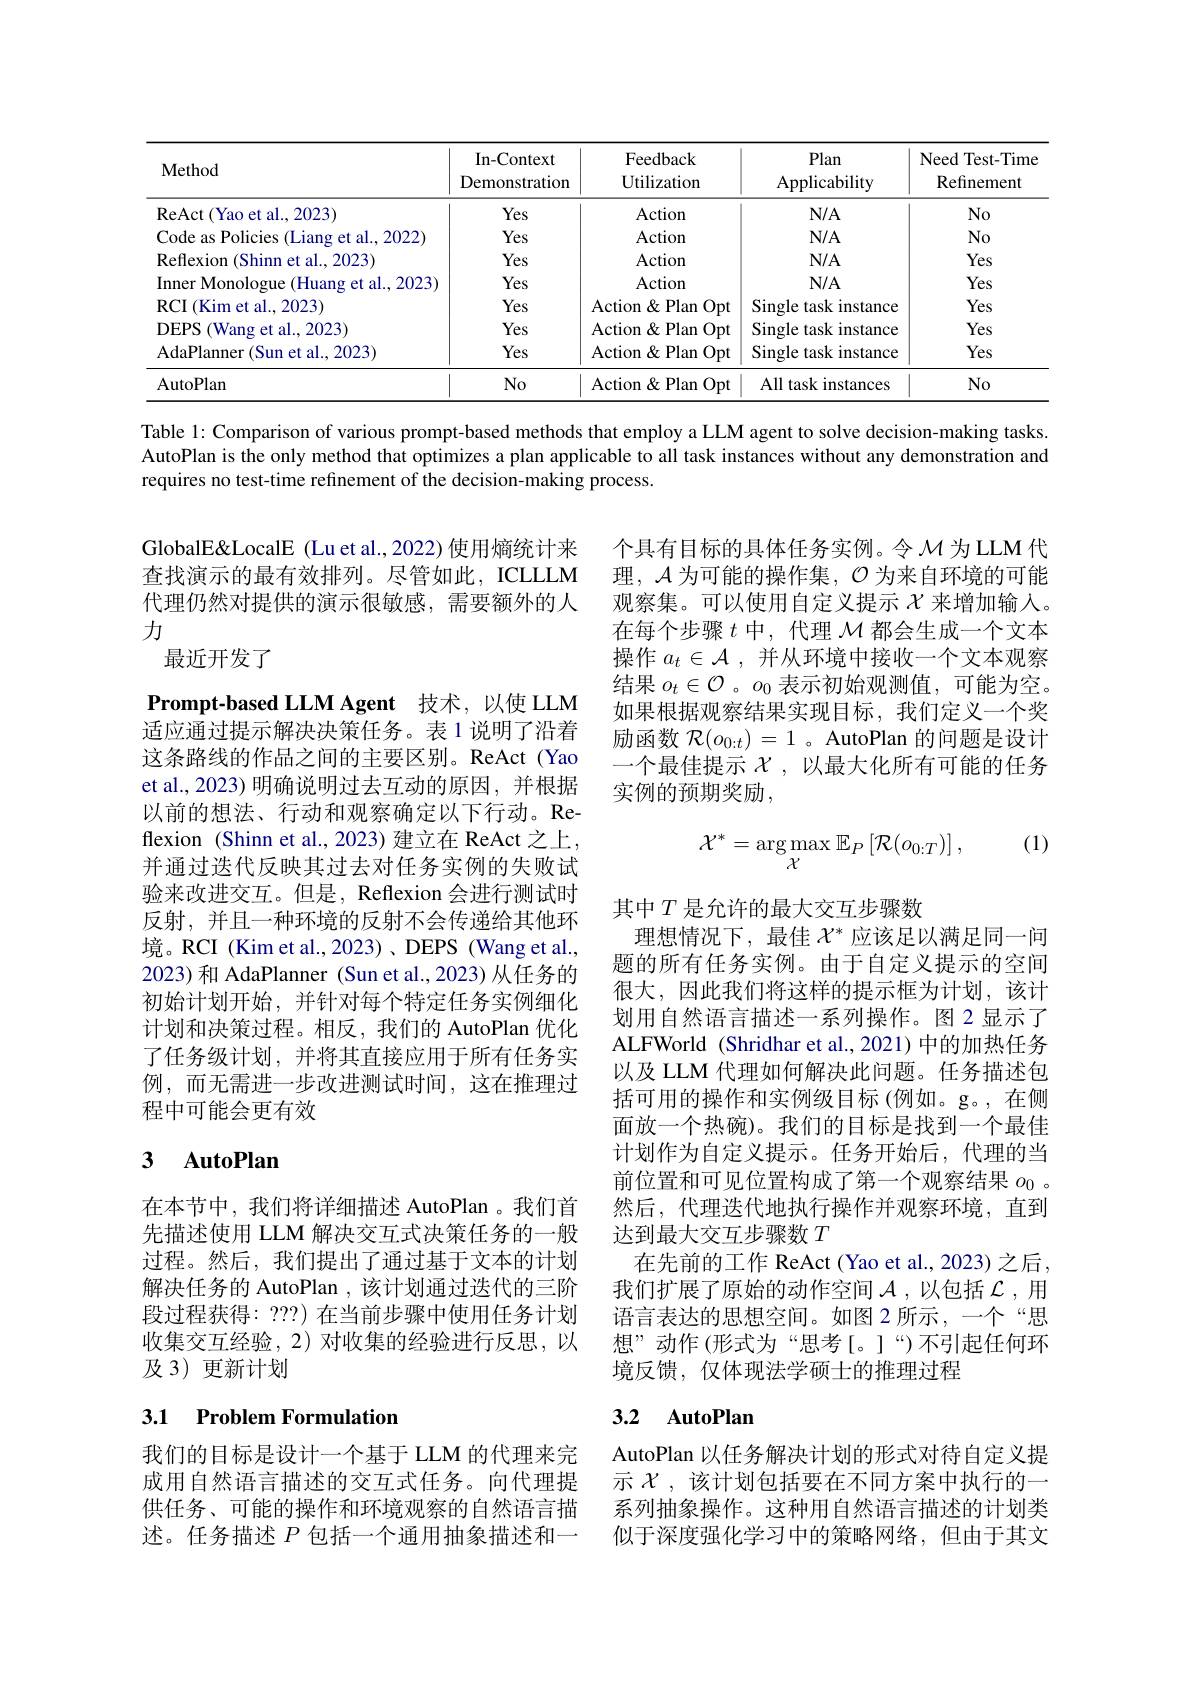
<table>
	<tbody>
		<tr>
			<th>Method</th>
			<th>In-Context Demonstration</th>
			<th>Feedback ${\mathrm{Utilization}}$</th>
			<th>Plan Applicability</th>
			<th>Need Test-Time Refinement</th>
		</tr>
		<tr>
			<td>ReAct(Yao et al.,2023)</td>
			<td>Yes</td>
			<td>Action</td>
			<td>$N/A$</td>
			<td>No</td>
		</tr>
		<tr>
			<td>Code as Policies (Liang et al., 2022</td>
			<td>Yes</td>
			<td>Action</td>
			<td>$N/A$</td>
			<td>No</td>
		</tr>
		<tr>
			<td>Reflexion ( Shinn et al. , 2023) </td>
			<td>Yes</td>
			<td>Action</td>
			<td>$N/A$</td>
			<td>Yes</td>
		</tr>
		<tr>
			<td>Inner Monologue (Huang et al., 2023</td>
			<td>Yes</td>
			<td>Action</td>
			<td>$N/A$</td>
			<td>Yes</td>
		</tr>
		<tr>
			<td>$\operatorname{RCI}\left(\mathrm{Kim~et~al.,2023}\right)$</td>
			<td>Yes</td>
			<td>${\mathrm{Action}}\&{\mathrm{Plan}}$ $\underline{Opt}$</td>
			<td>Single task instance</td>
			<td>Yes</td>
		</tr>
		<tr>
			<td>DEPS 1 (Wang et al..2023)</td>
			<td>Yes</td>
			<td>${\mathrm{Action}}\&{\mathrm{Plan}}$ $\underline{Opt}$</td>
			<td>Single task instance</td>
			<td>Yes</td>
		</tr>
		<tr>
			<td>${\mathrm{AdaPlanner~(Sun~et~al.,~2023)}}$</td>
			<td>Yes</td>
			<td>Action&Plan Opt</td>
			<td>Single task instance</td>
			<td>Yes</td>
		</tr>
		<tr>
			<td>AutoPlan</td>
			<td>$No$</td>
			<td>${\mathrm{Action~\&~Plan~Opt}}$</td>
			<td>All task instances</td>
			<td>$No$</td>
		</tr>
	</tbody>
</table>

Table 1: Comparison of various prompt-based methods that employ a LLM agent to solve decision-making tasks AutoPlan is the only method that optimizes a plan applicable to all task instances without any demonstration and requires no test-time refinement of the decision-making process.

GlobalE&LocalE (Lu et al.,2022) 使用熵统计来查找演示的最有效排列。尽管如此，ICLLLM 代理仍然对提供的演示很敏感，需要额外的人力
最近开发了

个具有目标的具体任务实例。令$\mathcal{M}$为LLM 代理，$\mathcal{A}$为可能的操作集，$\mathcal{O}$为来自环境的可能观察集。可以使用自定义提示$\chi$来增加输入。在每个步骤$t$中，代理$\mathcal{M}$都会生成一个文本操作$a_t\in\mathcal{A}$,并从环境中接收一个文本观察结果$o_t\in\mathcal{O}$ 。$o_0$表示初始观测值，可能为空。如果根据观察结果实现目标，我们定义一个奖励函数$\mathcal{R}(o_{0:t})=1$ 。AutoPlan 的问题是设计一个最佳提示$\chi$ ,以最大化所有可能的任务实例的预期奖励，

(1)
$$\mathcal{X}^{*}=\arg\max_{\mathcal{X}}\mathbb{E}_{P}\left[\mathcal{R}(o_{0:T})\right],$$
$\textbf{Prompt- based LLM Agent}$ 技术，以使 LLM 适应通过提示解决决策任务。表 1 说明了沿着这条路线的作品之间的主要区别。ReAct (Yao et al., 2023) 明确说明过去互动的原因，并根据以前的想法、行动和观察确定以下行动。Reflexion (Shinn et al., 2023) 建立在 ReAct 之上并通过迭代反映其过去对任务实例的失败试验来改进交互。但是，Reflexion 会进行测试时反射，并且一种环境的反射不会传递给其他环境。RCI (Kim et al., 2023)、DEPS (Wang et al., 2023) 和 AdaPlanner (Sun et al.,2023) 从任务的初始计划开始，并针对每个特定任务实例细化计划和决策过程。相反，我们的 AutoPlan 优化了任务级计划，并将其直接应用于所有任务实例，而无需进一步改进测试时间，这在推理过程中可能会更有效

其中$T$是允许的最大交互步骤数
理想情况下，最佳$\mathcal{X}^*$应该足以满足同一问题的所有任务实例。由于自定义提示的空间很大，因此我们将这样的提示框为计划，该计划用自然语言描述一系列操作。图2显示了ALFWorld (Shridhar et al.,2021) 中的加热任务以及 LLM 代理如何解决此问题。任务描述包括可用的操作和实例级目标(例如。g。,在侧面放一个热碗)。我们的目标是找到一个最佳计划作为自定义提示。任务开始后，代理的当前位置和可见位置构成了第一个观察结果$o_{0}$ 。然后，代理迭代地执行操作并观察环境，直到达到最大交互步骤数$T$
在先前的工作 ReAct (Yao et al., 2023) 之后， 我们扩展了原始的动作空间$\mathcal{A}$ ,以包括$\mathcal{L}$ ,用语言表达的思想空间。如图 2 所示，一个“思想”动作(形式为“思考[。]“)不引起任何环境反馈，仅体现法学硕士的推理过程

## 3 AutoPlan

在本节中，我们将详细描述 AutoPlan 。我们首先描述使用 LLM 解决交互式决策任务的一般过程。然后，我们提出了通过基于文本的计划解决任务的 AutoPlan , 该计划通过迭代的三阶段过程获得：???) 在当前步骤中使用任务计划收集交互经验，2)对收集的经验进行反思，以及 3) 更新计划

## 3.1 Problem Formulation

## 3.2 AutoPlan

我们的目标是设计一个基于 LLM 的代理来完成用自然语言描述的交互式任务。向代理提供任务、可能的操作和环境观察的自然语言描述。任务描述$P$包括一个通用抽象描述和一

AutoPlan 以任务解决计划的形式对待自定义提示$\chi$ ,该计划包括要在不同方案中执行的一系列抽象操作。这种用自然语言描述的计划类似于深度强化学习中的策略网络，但由于其文